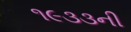
૧૯૩૩ની